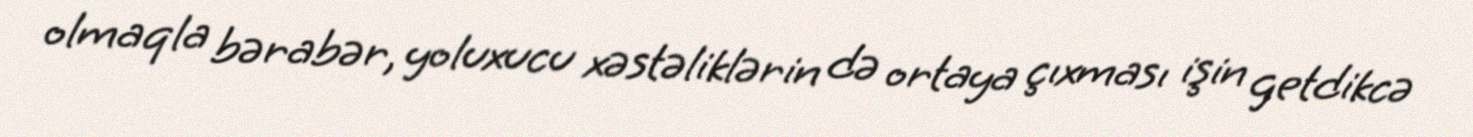
olmaqla bərabər, yoluxucu xəstəliklərin də ortaya çıxması işin getdikcə